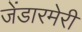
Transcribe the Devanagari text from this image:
जेंडारमेरी